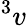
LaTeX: ^3v